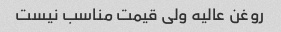
روغن عالیه ولی قیمت مناسب نیست